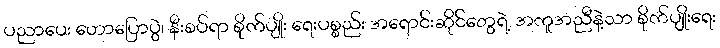
ပညာပေး ဟောပြောပွဲ၊ နီးစပ်ရာ စိုက်ပျိုး ရေးပစ္စည်း အရောင်းဆိုင်တွေရဲ့ အကူအညီနဲ့သာ စိုက်ပျိုးရေး